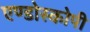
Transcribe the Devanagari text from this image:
एण्डोस्कोपी